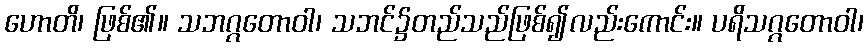
ဟောတိ၊ ဖြစ်၏။ သဘဂ္ဂတောဝါ၊ သဘင်၌တည်သည်ဖြစ်၍လည်းကောင်း။ ပရိသဂ္ဂတောဝါ၊